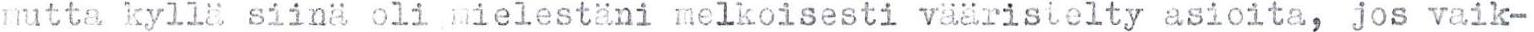
mutta kyllä siinä oli mielestäni melkoisesti vääristelty asioita, jos vaik-